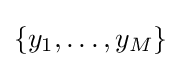
\{y_{1},\ldots ,y_{M}\}